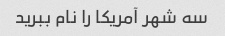
سه شهر آمریکا را نام ببرید